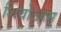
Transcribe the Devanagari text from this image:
शिवोऽहम्